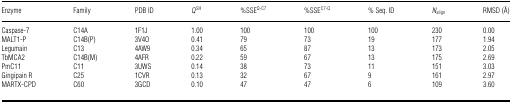
<table><thead><tr><td><b>Enzyme</b></td><td><b>Family</b></td><td><b>PDB ID</b></td><td><b><i>Q</i><sup>SH</sup></b></td><td><b>%SSE<sup>Q-C7</sup></b></td><td><b>%SSE<sup>C7-Q</sup></b></td><td><b>% Seq. ID</b></td><td><b><i>N</i><sub>align</sub></b></td><td><b>RMSD (Å)</b></td></tr></thead><tbody><tr><td>Caspase-7</td><td>C14A</td><td>1F1J</td><td>1.00</td><td>100</td><td>100</td><td>100</td><td>230</td><td>0.00</td></tr><tr><td>MALT1-P</td><td>C14B(P)</td><td>3V4O</td><td>0.41</td><td>79</td><td>73</td><td>19</td><td>177</td><td>1.94</td></tr><tr><td>Legumain</td><td>C13</td><td>4AW9</td><td>0.34</td><td>65</td><td>87</td><td>13</td><td>173</td><td>2.05</td></tr><tr><td>TbMCA2</td><td>C14B(M)</td><td>4AFR</td><td>0.22</td><td>59</td><td>67</td><td>13</td><td>175</td><td>2.69</td></tr><tr><td>PmC11</td><td>C11</td><td>3UWS</td><td>0.14</td><td>38</td><td>73</td><td>11</td><td>151</td><td>3.03</td></tr><tr><td>Gingipain R</td><td>C25</td><td>1CVR</td><td>0.13</td><td>32</td><td>67</td><td>9</td><td>161</td><td>2.97</td></tr><tr><td>MARTX-CPD</td><td>C60</td><td>3GCD</td><td>0.10</td><td>47</td><td>47</td><td>6</td><td>109</td><td>3.60</td></tr></tbody></table>